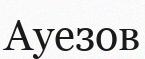
Ауезов